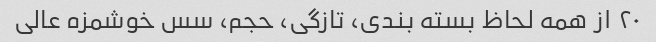
٢٠ از همه لحاظ بسته بندی، تازگی، حجم، سس خوشمزه عالی